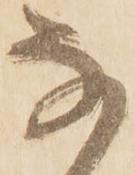
な